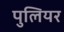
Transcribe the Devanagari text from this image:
पुलियर